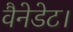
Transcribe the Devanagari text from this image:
वैनेडेट।